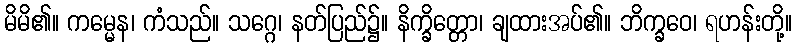
မိမိ၏။ ကမ္မေန၊ ကံသည်။ သဂ္ဂေ၊ နတ်ပြည်၌။ နိက္ခိတ္တော၊ ချထားအပ်၏။ ဘိက္ခဝေ၊ ရဟန်းတို့။